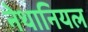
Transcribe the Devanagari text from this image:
नेथानियल